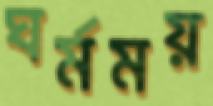
ঘর্মময়